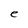
Character: e